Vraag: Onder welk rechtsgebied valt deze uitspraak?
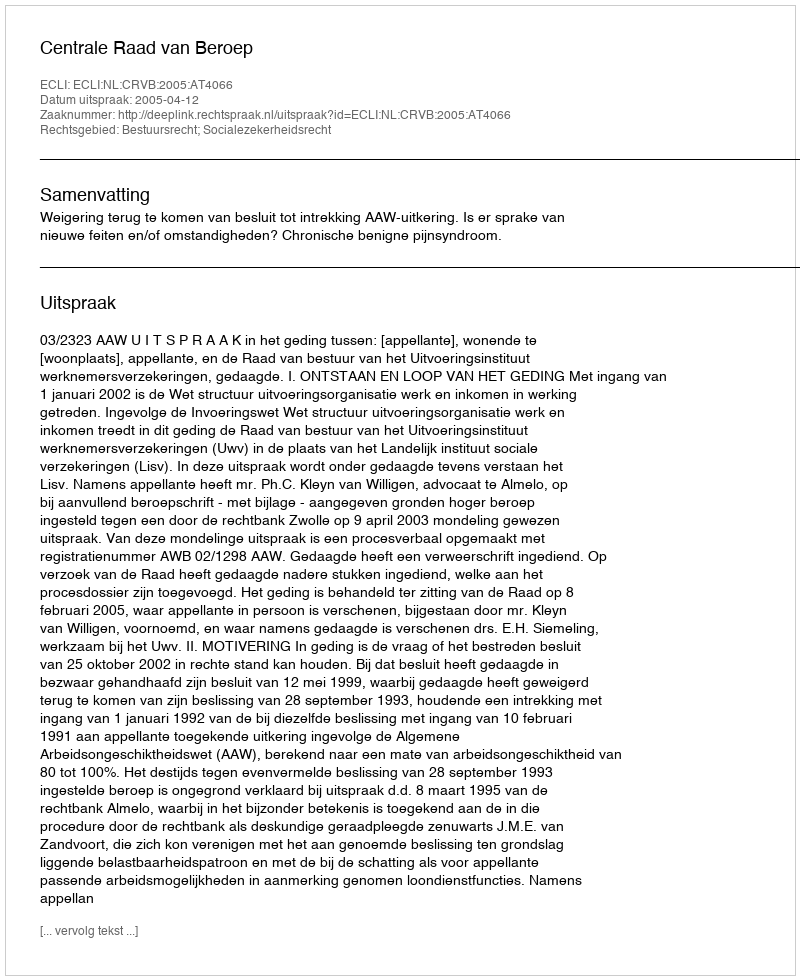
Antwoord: Bestuursrecht; Socialezekerheidsrecht